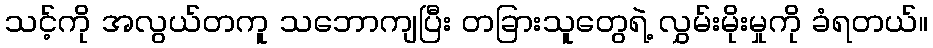
သင့်ကို အလွယ်တကူ သဘောကျပြီး တခြားသူတွေရဲ့ လွှမ်းမိုးမှုကို ခံရတယ်။